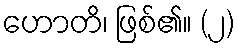
ဟောတိ၊ ဖြစ်၏။ (၂)